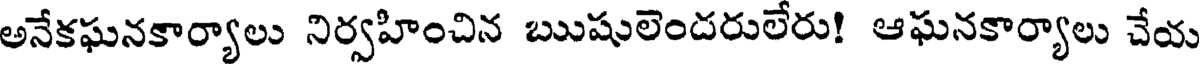
అనేకఘనకార్యాలు నిర్వహించిన ఋషులెందరులేరు! ఆఘనకార్యాలు చేయ